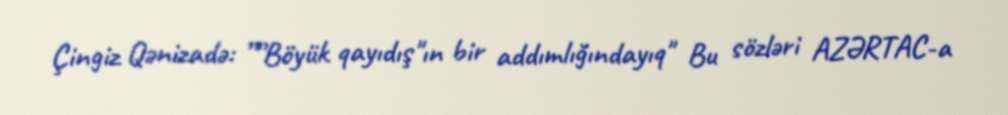
Çingiz Qənizadə: ””Böyük qayıdış"ın bir addımlığındayıq" Bu sözləri AZƏRTAC-a